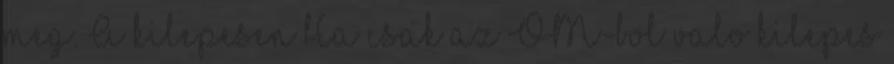
meg. A kilepesen Ha csak az OM-bol valo kilepes